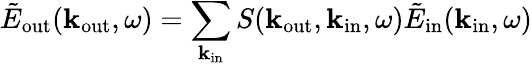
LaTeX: \tilde{E}_{\mathrm{out}}({\mathbf k}_{\mathrm{out}},\omega)=\sum_{{\mathbf k}_{\mathrm{in}}}S({\mathbf k}_{\mathrm{out}},{\mathbf k}_{\mathrm{in}},\omega)\tilde{E}_{\mathrm{in}}(\mathbf k_{\mathrm{in}},\omega)